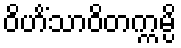
ဝိဟိံသာဝိတက္ကမ္ပိ